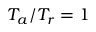
T _ { a } / T _ { r } = 1